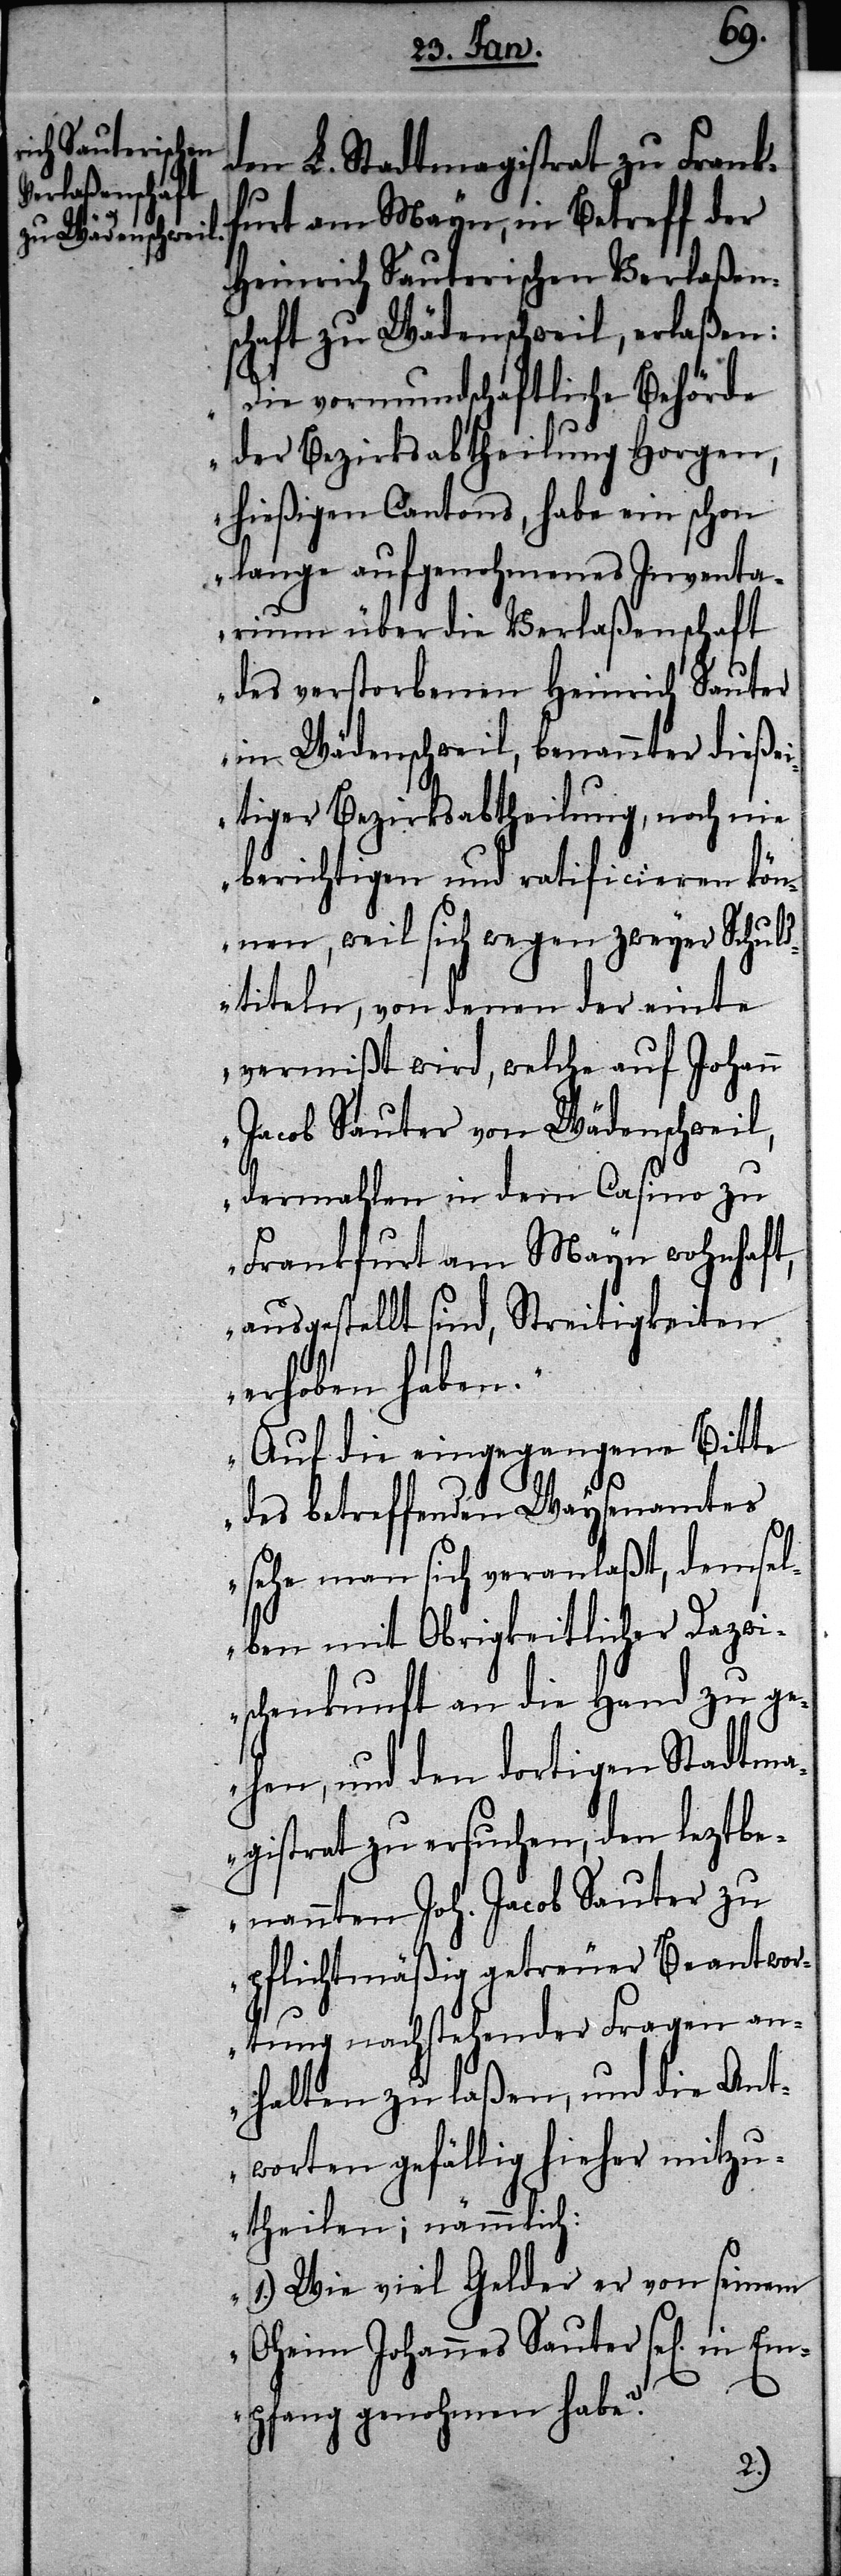
Dazw¬
den L. Stadtmagistrat zu Frank¬
furt am Mayn, in Betreff der
Heinrich Sauterischen Verlaßen¬
schaft zu Wädenschweil, erlaßen:
„Die vormundschaftliche Behörde
der Bezirksabtheilung Horgen,
hießigen Cantons, habe ein schon
lange aufgenohmenes Inventa¬
rium über die Verlaßenschaft
des verstorbenen Heinrich Sauter
in Wädenschweil, benannter dießei¬
tiger Bezirksabtheilung, noch nie
berichtigen und ratificieren kön¬
nen, weil sich wegen zweyer Schuld¬
titeln, von denen der einte
vermißt wird, welche auf Johann
Jacob Sauter von Wädenschweil,
dermahlen in dem Casino zu
Frankfurt am Mayn wohnhaft,
ausgestellt sind, Streitigkeiten
erhoben haben.“
„Auf die eingegangene Bitte
des betreffenden Waysenamtes
sehe man sich veranlaßt, demsel¬
ischenkunft an die Hand zu ge¬
hen, und den dortigen Stadtma¬
gistrat zu ersuchen, den leztbe¬
nannten Joh. Jacob Sauter zu
pflichtmäßig getreuer Beantwor¬
tung nachstehender Fragen an¬
halten zu laßen, und die Ant¬
worten gefällig hieher mitzu¬
theilen; nämmlich:
1.) Wie viel Gelder er von seinem
Oheim Johannes Sauter se[lig]. in
Empfang genohmen habe?